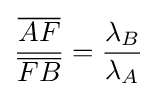
{\frac {\overline {AF}}{\overline {FB}}}={\frac {\lambda _{B}}{\lambda _{A}}}